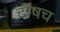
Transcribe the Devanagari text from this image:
दोषच